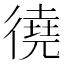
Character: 徺